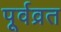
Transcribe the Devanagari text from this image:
पूर्वव्रत